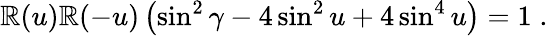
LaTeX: {\cal\mathbb{R}}(u){\cal\mathbb{R}}(-u)\left(\sin^{2}\gamma-4\sin^{2}u+4\sin^{4}u\right)=1\; .